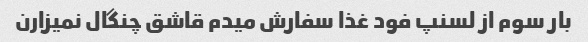
بار سوم از لسنپ فود غذا سفارش میدم قاشق چنگال نمیزارن